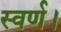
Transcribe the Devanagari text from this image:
स्वर्ण।